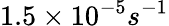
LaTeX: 1.5\times 10^{-5}s^{-1}